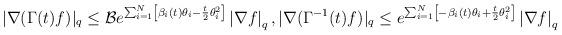
LaTeX: \begin{align*}|\nabla(\Gamma(t)f)|_q\leq \mathcal{B} e^{\sum_{i=1}^N\left[\beta_i(t)\theta_i-\frac{t}{2}\theta_i^2\right]}\left|\nabla f\right|_q, |\nabla(\Gamma^{-1}(t)f)|_q\leq e^{\sum_{i=1}^N\left[-\beta_i(t)\theta_i+\frac{t}{2}\theta_i^2\right]}\left|\nabla f\right|_q\end{align*}